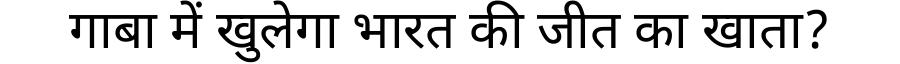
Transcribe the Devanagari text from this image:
गाबा में खुलेगा भारत की जीत का खाता?